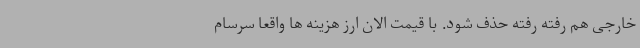
خارجی هم رفته رفته حذف شود. با قیمت الان ارز هزینه ها واقعا سرسام